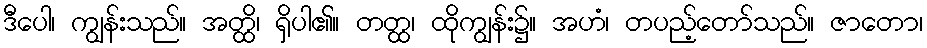
ဒီပေါ၊ ကျွန်းသည်။ အတ္ထိ၊ ရှိပါ၏။ တတ္ထ၊ ထိုကျွန်း၌။ အဟံ၊ တပည့်တော်သည်။ ဇာတော၊